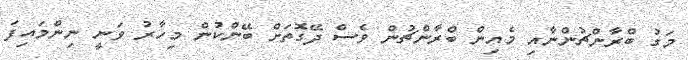
މަގު ބްރާންޗުންނާއި މެއިން ބްރާންޗުން ވެސް ދޭގޮތަށް ބޭންކުން މިހާރު ވަނީ ނިންމައިފަ